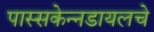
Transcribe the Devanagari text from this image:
पास्सकेन्नडायलचे